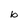
Character: b